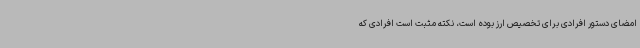
امضای دستور افرادی برای تخصیص ارز بوده است، نکته مثبت است افرادی که